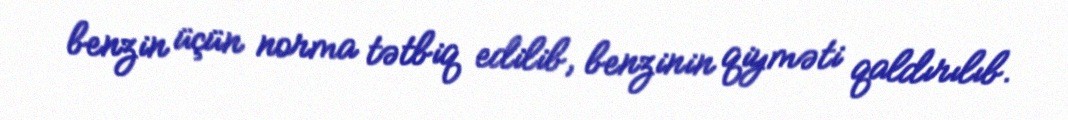
benzin üçün norma tətbiq edilib, benzinin qiyməti qaldırılıb.